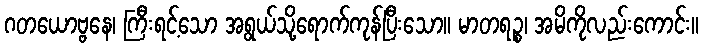
ဂတယောဗ္ဗနေ၊ ကြီးရင့်သော အရွယ်သို့ရောက်ကုန်ပြီးသော။ မာတရဉ္စ၊ အမိကိုလည်းကောင်း။